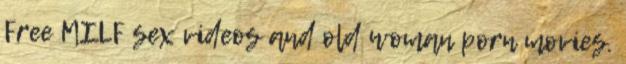
Free MILF sex videos and old woman porn movies.